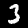
Digit: 3